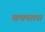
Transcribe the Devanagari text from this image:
बक्सास